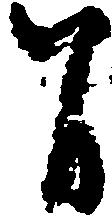
間